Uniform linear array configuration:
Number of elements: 8
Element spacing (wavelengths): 0.5
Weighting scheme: hamming
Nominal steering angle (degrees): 30
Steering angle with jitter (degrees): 28.458
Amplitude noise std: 0.05
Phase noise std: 0.05

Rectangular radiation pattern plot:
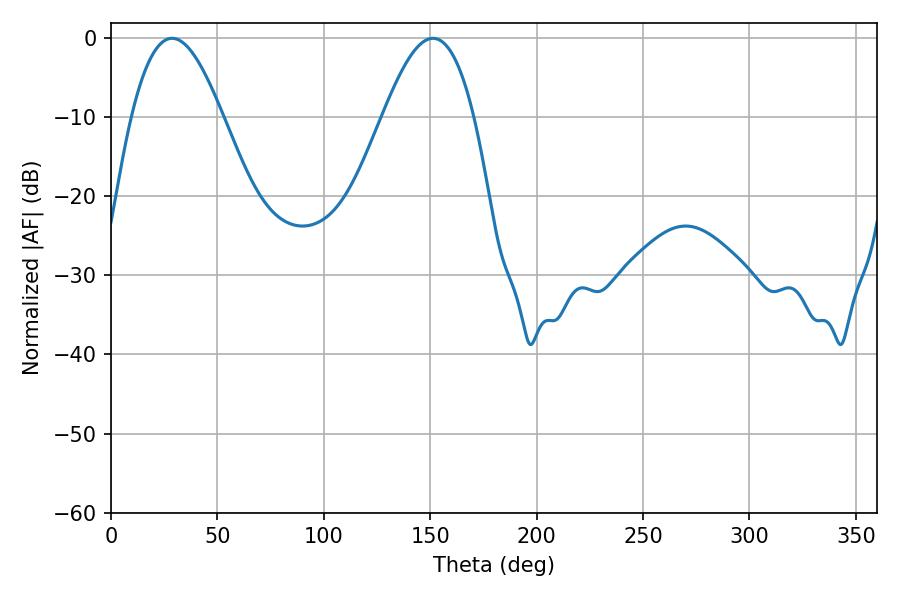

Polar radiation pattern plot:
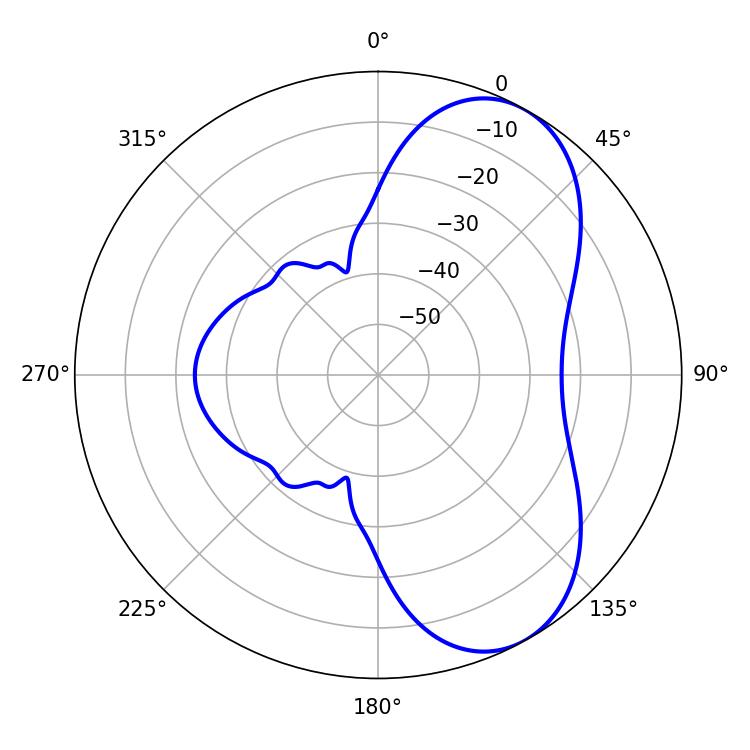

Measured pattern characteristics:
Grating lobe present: FALSE
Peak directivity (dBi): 6.574
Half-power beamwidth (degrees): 23.22
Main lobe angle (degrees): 28.62